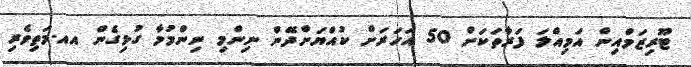
ޓޫރިޒަމްއިން އަމިއްލަ ފަރާތަކަށް 50 އަހަރަށް ކުއްޔަށްދޭން ނިންމި ނިންމުމާ ގުޅިގެން އއ.މަތިވެރި